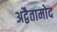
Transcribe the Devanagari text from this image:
अद्वैतामोद